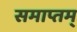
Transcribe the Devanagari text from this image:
समाप्तम्‌